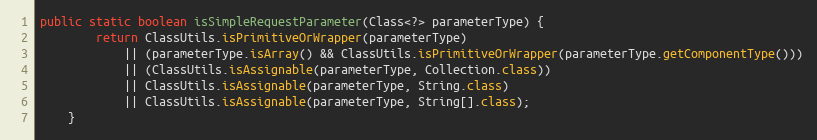
Language: Java
public static boolean isSimpleRequestParameter(Class<?> parameterType) {
		return ClassUtils.isPrimitiveOrWrapper(parameterType)
			|| (parameterType.isArray() && ClassUtils.isPrimitiveOrWrapper(parameterType.getComponentType()))
			|| (ClassUtils.isAssignable(parameterType, Collection.class))
			|| ClassUtils.isAssignable(parameterType, String.class)
			|| ClassUtils.isAssignable(parameterType, String[].class);
	}